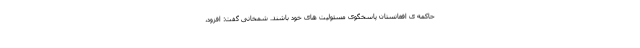
حاکمه ی افغانستان پاسخگوی مسئولیت های خود باشند. شمخانی گفت: افزود،